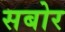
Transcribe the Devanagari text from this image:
सबोर